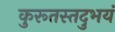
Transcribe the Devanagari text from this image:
कुरूतस्तदुभयं